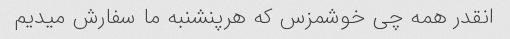
انقدر همه چی خوشمزس که هرپنشنبه ما سفارش میدیم